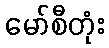
မော်စီတုံး